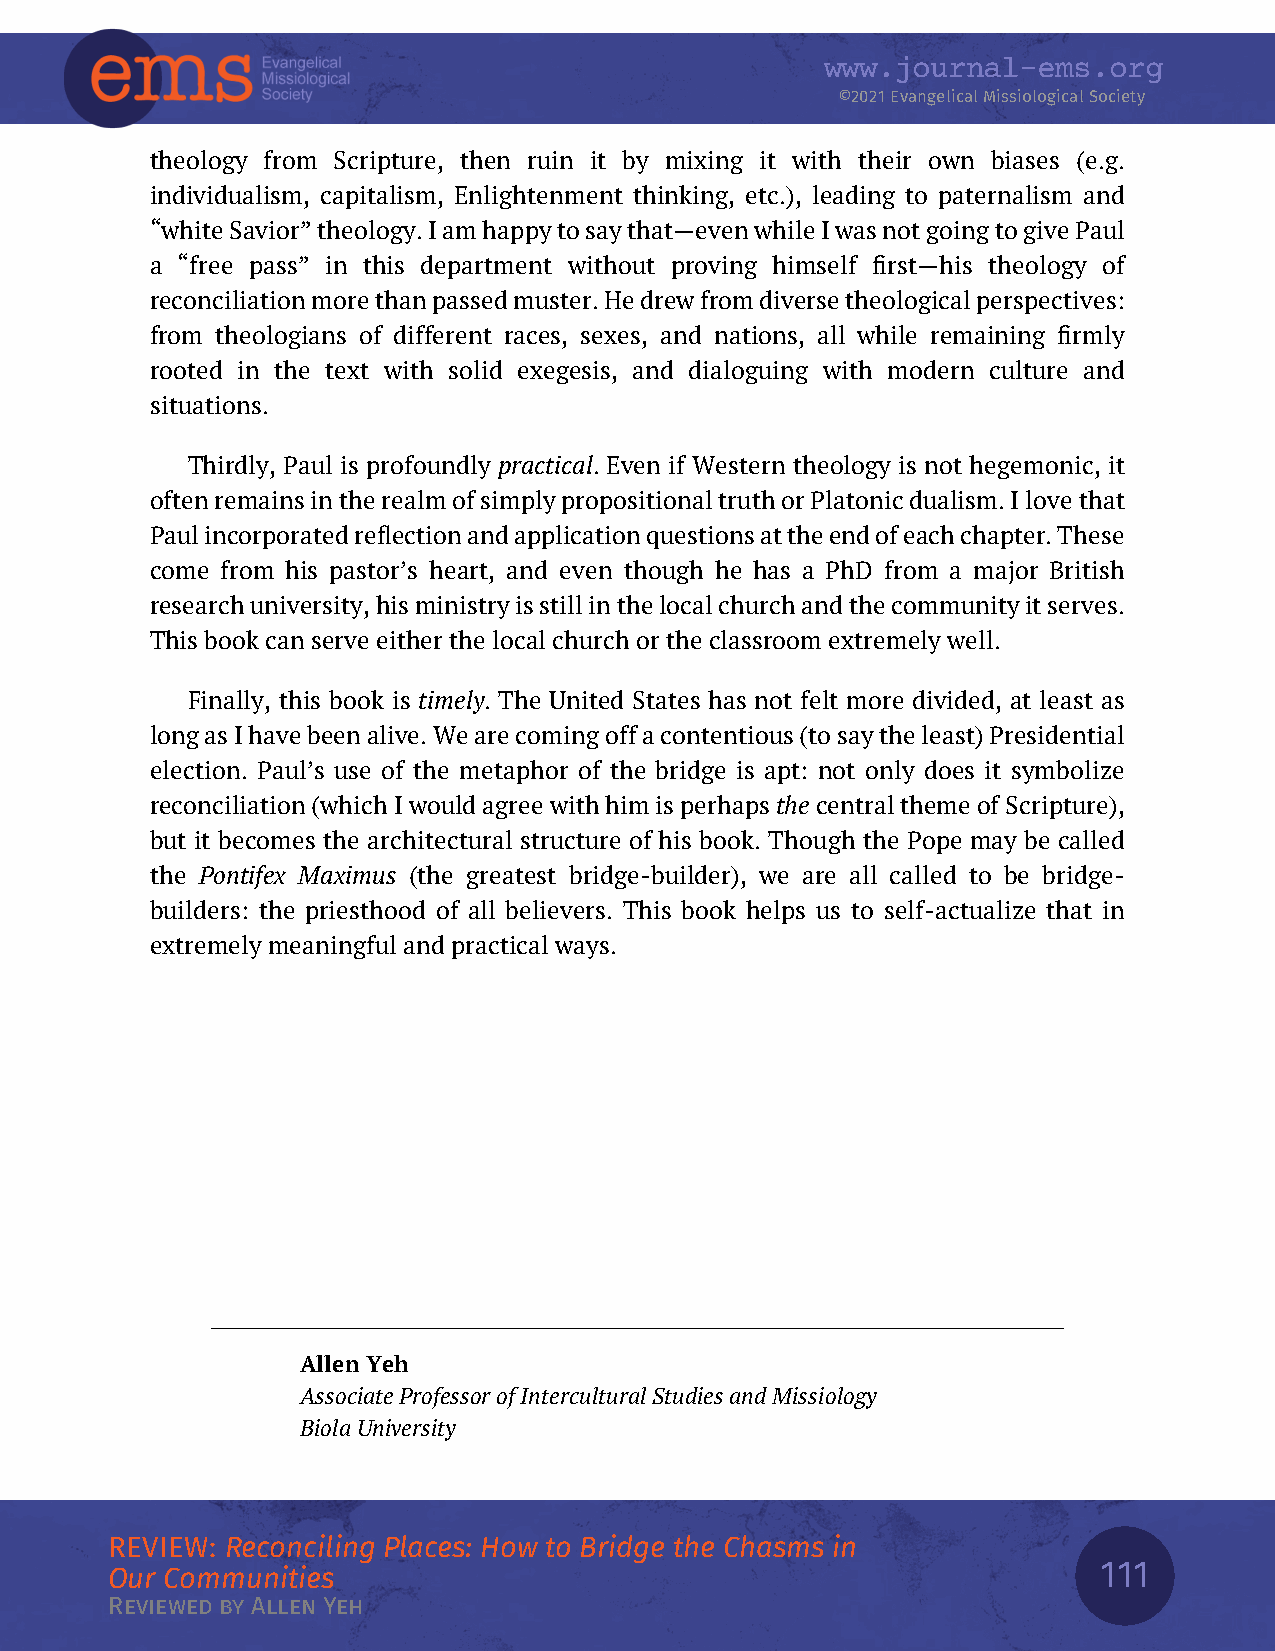
www.journal-ems.org
 ©2021EvangelicalMissiologicalSociety
 theology from Scripture, then ruin it by mixing it with their own biases (e.g.
 individualism, capitalism, Enlightenment thinking, etc.), leading to paternalism and
 “whiteSavior”theology.Iamhappytosaythat—evenwhileIwasnotgoingtogivePaul
 a “free pass” in this department without proving himself first—his theology of
 reconciliationmorethanpassedmuster.Hedrewfromdiversetheologicalperspectives:
 from theologians of different races, sexes, and nations, all while remaining firmly
 rooted in the text with solid exegesis, and dialoguing with modern culture and
 situations.
 Thirdly, Paul is profoundly practical. Even if Western theology is not hegemonic, it
 oftenremainsintherealmofsimplypropositionaltruthorPlatonicdualism.Ilovethat
 Paulincorporatedreflectionandapplicationquestionsattheendofeachchapter.These
 come from his pastor’s heart, and even though he has a PhD from a major British
 researchuniversity,hisministryisstillinthelocalchurchandthecommunityitserves.
 This book can serve either the local church or the classroom extremely well.
 Finally, this book is timely. The United States has not felt more divided, at least as
 longasIhavebeenalive.Wearecomingoffacontentious(tosaytheleast)Presidential
 election. Paul’s use of the metaphor of the bridge is apt: not only does it symbolize
 reconciliation(whichIwouldagreewithhimisperhapsthecentralthemeofScripture),
 but it becomes the architectural structure of his book. Though the Pope may be called
 the Pontifex Maximus (the greatest bridge-builder), we are all called to be bridge-
 builders: the priesthood of all believers. This book helps us to self-actualize that in
 extremely meaningful and practical ways.
 Allen Yeh
 AssociateProfessorofInterculturalStudiesandMissiology
 BiolaUniversity
 REVIEW: Reconciling Places: How to Bridge the Chasms in
 111
 Our Communities
 Reviewed by Allen Yeh